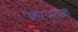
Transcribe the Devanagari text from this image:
करप्लंक